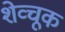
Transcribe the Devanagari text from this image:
शेव्चूक